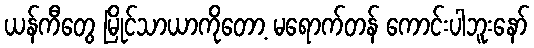
ယန်ကီတွေ မြိုင်သာယာကိုတော့ မရောက်တန် ကောင်းပါဘူးနော်